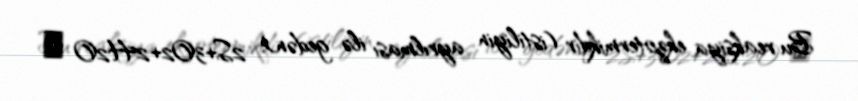
Bu reaksiya ekzotermikdir (istiliyin ayrılması ilə gedən): 2S+3O2+2H2O →